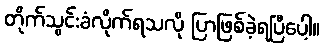
တိုက်သွင်းခံလိုက်ရသလို ပြာဖြစ်ခဲ့ရပြီပေါ့။